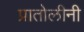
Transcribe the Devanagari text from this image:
प्रातोलीनी